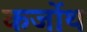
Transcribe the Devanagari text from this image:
कर्जोथ